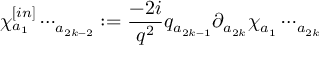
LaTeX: \chi _ { a { _ 1 } } ^ { [ i n ] } \cdots _ { a { _ { 2 k - 2 } } } : = \frac { - 2 i } { q ^ { 2 } } q _ { a { _ { 2 k - 1 } } } \partial _ { a { _ { 2 k } } } \chi _ { a { _ 1 } } \cdots _ { a { _ { 2 k } } }